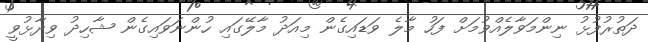
ދަތުރުފުޅު ނިންމަވާލެއްވުމަށް ފަހު މާލެ ވަޑައިގެން މިއަދު މާލޭގައި ހުންނަވައިގެން ޝާހިދު ވިދާޅުވީ